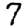
Digit: 7